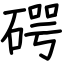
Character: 𥔲